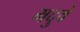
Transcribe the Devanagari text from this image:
मदुवे